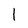
Character: l